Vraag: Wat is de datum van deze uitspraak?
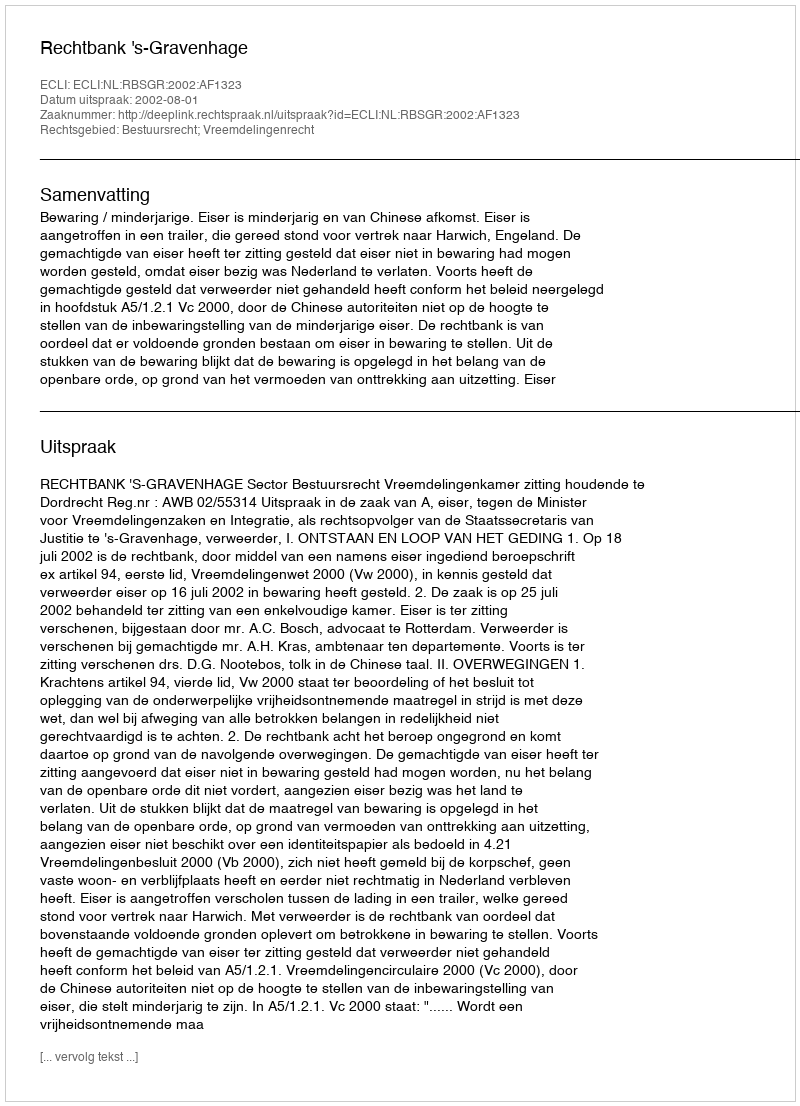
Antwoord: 2002-08-01